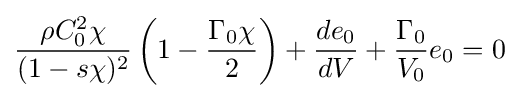
{\frac {\rho C_{0}^{2}\chi }{(1-s\chi )^{2}}}\left(1-{\frac {\Gamma _{0}\chi }{2}}\right)+{\frac {de_{0}}{dV}}+{\frac {\Gamma _{0}}{V_{0}}}e_{0}=0